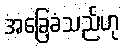
အခြေခံသည်ဟု